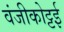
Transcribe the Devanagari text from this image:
वंजीकोट्टई